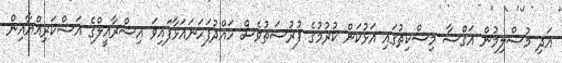
އަދި މުސްލިމުން އަގްސާ މިސްކިތުގައި އަޅުކަން ކުރުމުގެ ފުރުސަތުވެސް ހައްދުފަހަނައަޅާފައިވަ އިސްރާއީލްގެ އަސްކަރިއްޔާއިން